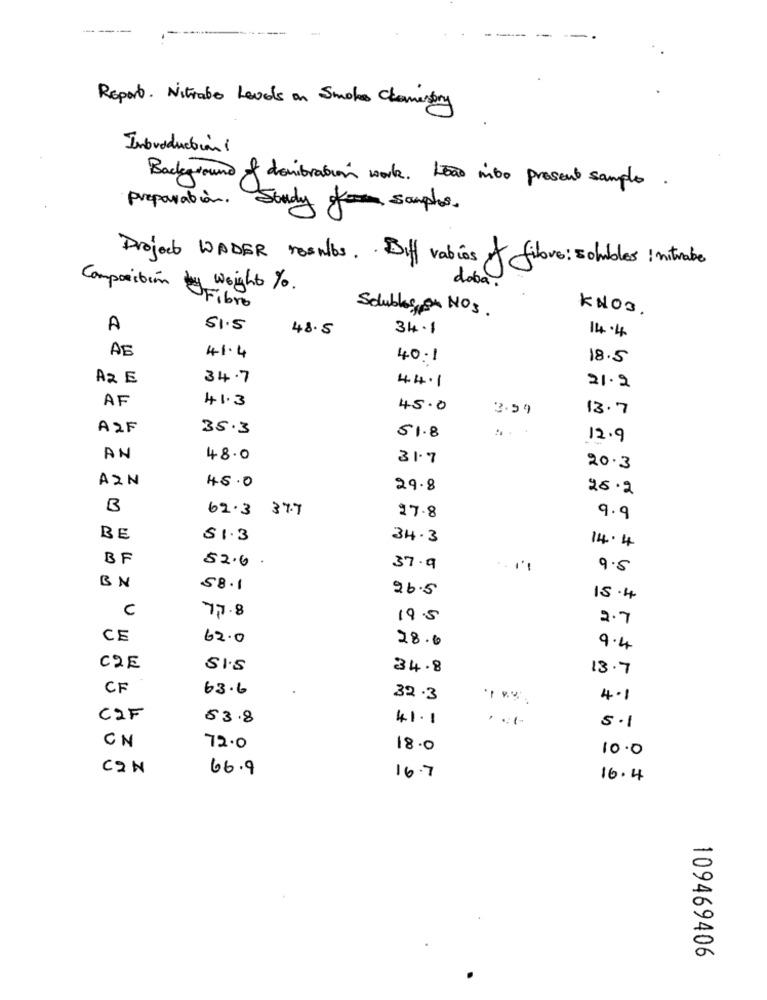
Report. Nitrate Levels on Smoke Chamestory
Introduction !
Background of devibration work. Leão mito present sample.
preparation .
Soudy samples .
Project WADER results .. Diff rabios of fibre: solubles : nitrabe
doba
Composition by weight %.
Fibre
Solubles ou NOS.
KNO3.
A
51.5
48.5
34.1
14.4
AB
41.4
40:1
18.5
A2 E
34.7
44.1
21.2
AF
41.3
45.0
3.59
13.7
A2F
35.3
51.8
:...
12.9
AN
48.0
31.7
20.3
AZN
48.0
29.8
28.2
B
62.3 37.7
27.8
9.9
BE
$1.3
34.3
14.4
BF
52.6
37.9
9.5
BN
58.1
26.5
15.4
C
7.7.8
19.5
2.7
CE
62.0
28.6
9.4
C2E
SI.5
34.8
13.7
CF
63.6
32.3
4.1
C2F
53.8
41.1
5.1
CN
72.0
18.0
10.0
C2N
66.9
16.7
16.4
109469406